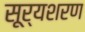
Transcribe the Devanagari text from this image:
सूर्यशरण